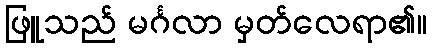
ဖြူသည် မင်္ဂလာ မှတ်လေရာ၏။